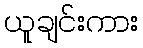
ယူချင်းကား